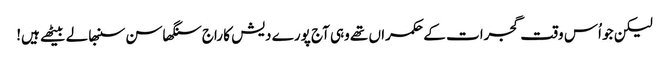
لیکن جو اُس وقت گجرات کے حکمراں تھے وہی آج پورے دیش کا راج سنگھاسن سنبھالے بیٹھے ہیں!